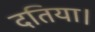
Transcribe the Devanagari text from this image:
दतिया।